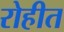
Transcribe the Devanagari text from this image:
रोहीत